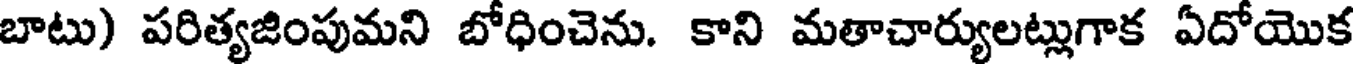
బాటు) పరిత్యజింపుమని బోధించెను. కాని మతాచార్యులట్లుగాక ఏదోయొక